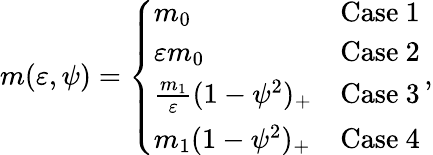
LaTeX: \begin{array}{r}{m({\varepsilon},\psi)=\left\{ \begin{array}{ll}{m_{0}}&{\mathrm{Case~1}}\\ {\varepsilon m_{0}}&{\mathrm{Case~2}}\\ {\frac{m_{1}}{\varepsilon}(1-\psi^{2})_{+}}&{\mathrm{Case~3}}\\ {m_{1}(1-\psi^{2})_{+}}&{\mathrm{Case~4}}\end{array}\right.\, ,}\end{array}